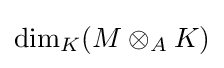
\operatorname {dim} _{K}(M\otimes _{A}K)